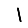
Digit: 1